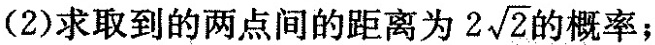
中心为O，从O，A，B，C，D五点中任取两点。